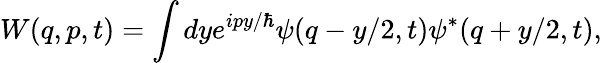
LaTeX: W(q,p,t)=\int dye^{ipy/\hbar}\psi(q-y/2,t)\psi^{*}(q+y/2,t),